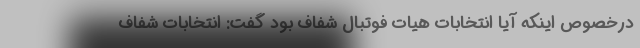
درخصوص اینکه آیا انتخابات هیات فوتبال شفاف بود گفت: انتخابات شفاف